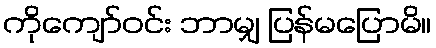
ကိုကျော်ဝင်း ဘာမျှ ပြန်မပြောမိ။